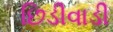
છિડીવાડી